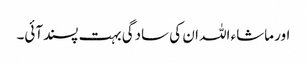
اور ماشاء اللہ ان کی سادگی بہت پسندآئی۔